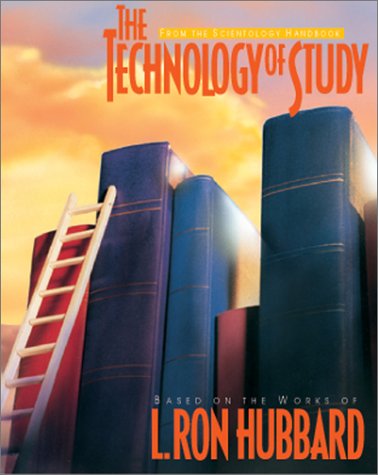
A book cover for The Technology of Study; L. Ron Hubbard; Religion & Spirituality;